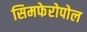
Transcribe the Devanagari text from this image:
सिमफेरोपोल